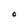
Character: O